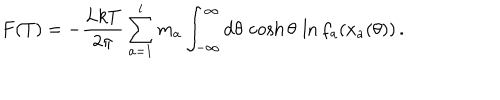
F ( T ) = - \frac { L k T } { 2 \pi } \sum _ { a = 1 } ^ { l } m _ { a } \int _ { - \infty } ^ { \infty } \mathrm { d } \theta \, \cosh \theta \, \ln f _ { a } ( x _ { a } ( \theta ) ) \, .